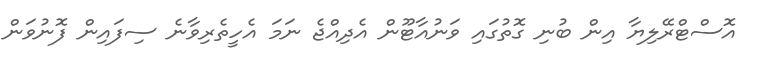
އޮސްޓްރޭލިޔާ އިން ބުނި ގޮތުގައި ވަނުއާޓޫން އެދިއްޖެ ނަމަ އެހީތެރިވާނެ ސިފައިން ފޮނުވަން